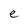
Character: e